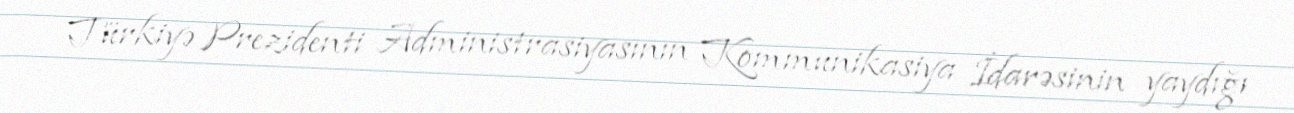
Türkiyə Prezidenti Administrasiyasının Kommunikasiya İdarəsinin yaydığı